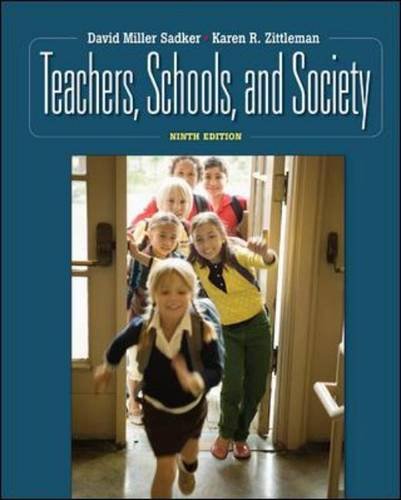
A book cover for Teachers, Schools, and Society; David Miller Sadker; Education & Teaching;